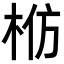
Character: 𬂬